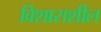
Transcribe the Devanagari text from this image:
विशासशील